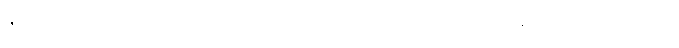
နိုင်ငံရေးဆိုင်ရာလုပ်ဆောင်ချက်တွေမှာ သူလျှိုများကို အသုံး ချခြင်းနဲ့ပတ်သက်ပြီး ဘာမှ